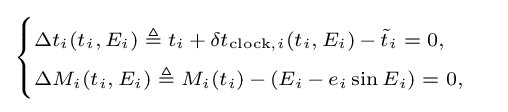
\scriptstyle {\begin{cases}\scriptstyle \Delta t_{i}(t_{i},\,E_{i})\;\triangleq \;t_{i}\,+\,\delta t_{{\text{clock}},i}(t_{i},\,E_{i})\,-\,{\tilde {t}}_{i}\;=\;0,\\\scriptstyle \Delta M_{i}(t_{i},\,E_{i})\;\triangleq \;M_{i}(t_{i})\,-\,(E_{i}\,-\,e_{i}\sin E_{i})\;=\;0,\end{cases}}